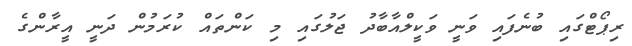
ރިޕޯޓްގައި ބުނެފައި ވަނީ ވަކީލްއާބާދު ޖަލުގައި މި ކަންތައް ކުރަމުން ދަނީ އީރާންގެ